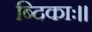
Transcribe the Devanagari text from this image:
ब्दिकाः।।